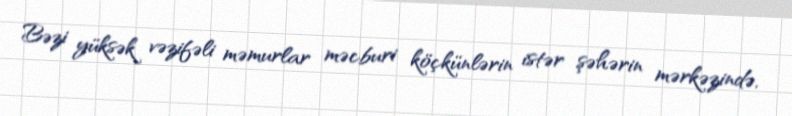
Bəzi yüksək vəzifəli məmurlar məcburi köçkünlərin istər şəhərin mərkəzində,